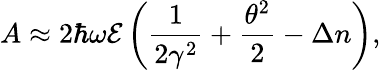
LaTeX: A\approx 2\hbar\omega\mathcal{E}\left(\frac{1}{2\gamma^{2}}+\frac{\theta^{2}}{2}-\Delta n\right),